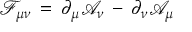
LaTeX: \mathcal { F } _ { \mu \nu } \, = \, \partial _ { \mu } \mathcal { A } _ { \nu } \, - \, \partial _ { \nu } \mathcal { A } _ { \mu }